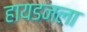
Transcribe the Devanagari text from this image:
हायडनला